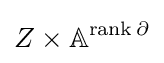
Z\times \mathbb {A} ^{\operatorname {rank} \partial }